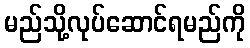
မည်သို့လုပ်ဆောင်ရမည်ကို